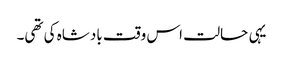
یہی حالت اس وقت بادشاہ کی تھی۔